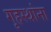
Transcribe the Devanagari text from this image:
गृहस्थांना